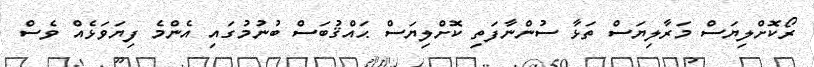
ރޯކޮށްލިޔަސް މަރާލިޔަސް ތަޅާ ސުންނާފަތި ކޮށްލިޔަސް ޙައްޤުބަސް ބުނުމުގައި އެންމެ ފިޔަވަޅެއް ވެސް